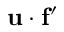
{ \bf u } \cdot { \bf f ^ { \prime } }